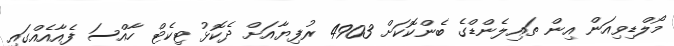
މޯލްޑިވިއަން އިން ތައިލެންޑްގެ ބެންކޮކަށް 4903 ރުފިޔާއަށް ދެކޮޅު ޓިކެޓް ހާއްސަ ފެއާއެއްގައި